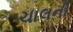
ચાલની